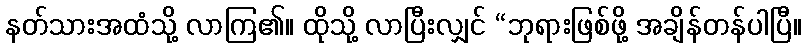
နတ်သားအထံသို့ လာကြ၏။ ထိုသို့ လာပြီးလျှင် “ဘုရားဖြစ်ဖို့ အချိန်တန်ပါပြီ။